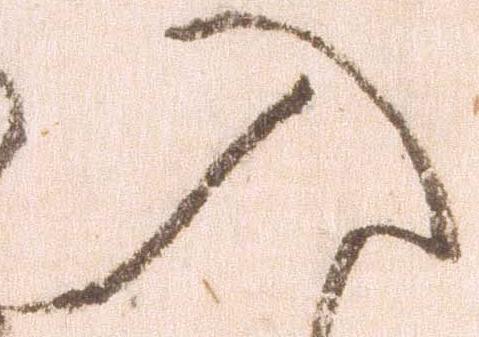
入